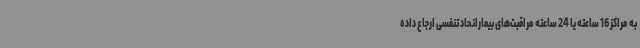
به مراکز 16 ساعته یا 24 ساعته مراقبت‌های بیمارانحاد تنفسی ارجاع داده